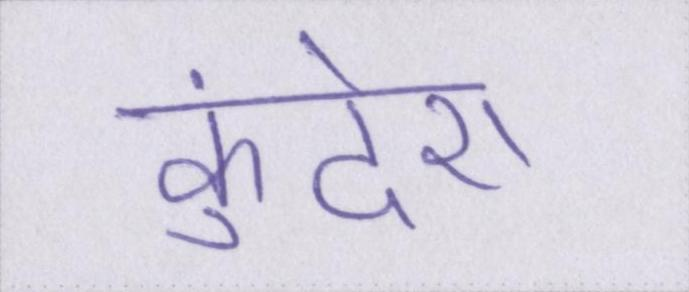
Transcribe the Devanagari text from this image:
कुंदेरा